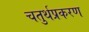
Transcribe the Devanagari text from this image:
चतुर्थप्रकरण